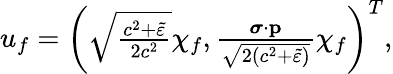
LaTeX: \begin{array}{r}{u_{f}=\left(\sqrt{\frac{c^{2}+\tilde{\varepsilon}}{2c^{2}}}\chi_{f},\frac{{\boldsymbol\sigma}\cdot\mathbf{p}}{\sqrt{2(c^{2}+\tilde{\varepsilon})}}\chi_{f}\right)^{T},}\end{array}